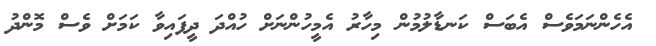
އެހެންނަމަވެސް އެބަސް ކަނޑާލުމުން މިހާރު އެމީހުންނަށް ހުއްދަ ދީފައިވާ ކަމަށް ވެސް މޮންދު